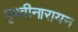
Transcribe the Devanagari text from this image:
पृथ्वीनारायन